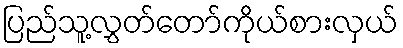
ပြည်သူ့လွှတ်တော်ကိုယ်စားလှယ်